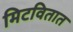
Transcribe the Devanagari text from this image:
मिटवितात